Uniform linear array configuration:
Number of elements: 24
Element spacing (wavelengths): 1
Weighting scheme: hann
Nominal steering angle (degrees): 60
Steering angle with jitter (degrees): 59.871
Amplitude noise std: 0.05
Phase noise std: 0.05

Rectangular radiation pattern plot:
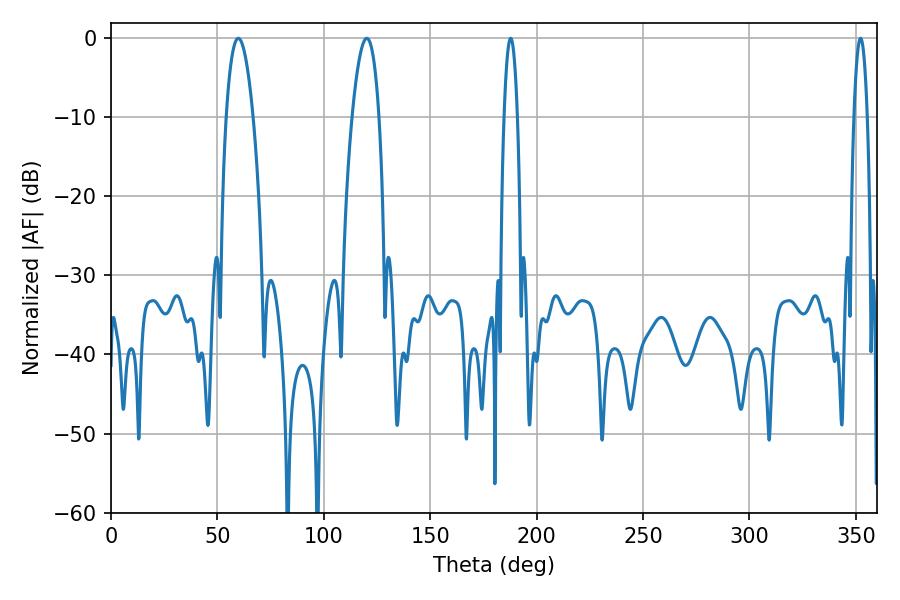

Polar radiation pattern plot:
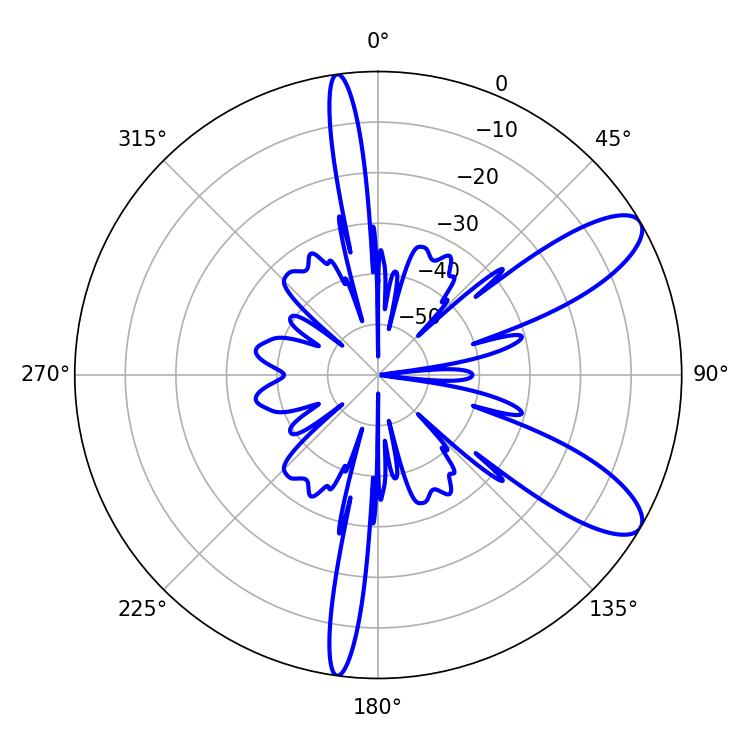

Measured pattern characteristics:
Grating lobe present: TRUE
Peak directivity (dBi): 9.802
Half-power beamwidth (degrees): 7.02
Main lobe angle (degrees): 59.76